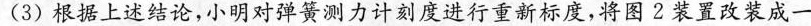
(3)根据上述结论，小明对弹簧测力计刻度进行重新标度，将图2装置改装成一